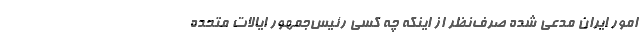
امور ایران مدعی شده صرف‌نظر از اینکه چه کسی رئیس‌جمهور ایالات متحده